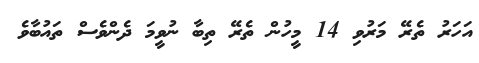
އަހަރު ތެރޭ މަރުވި 14 މީހުން ތެރޭ ތިބާ ނުވީމަ ދެންވެސް ތައުބާވެ